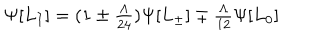
LaTeX: \Psi [ L _ { I } ] = ( 1 \pm { \textstyle { \frac { \Lambda } { 2 4 } } } ) \Psi [ L _ { \pm } ] \mp { \textstyle { \frac { \Lambda } { 1 2 } } } \Psi [ L _ { 0 } ]